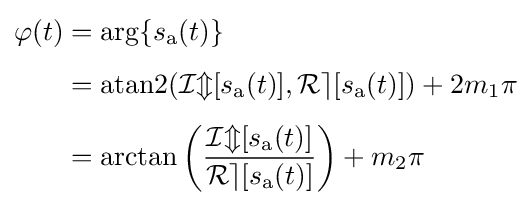
{\begin{aligned}\varphi (t)&=\arg\{s_{\mathrm {a} }(t)\}\\[4pt]&=\operatorname {atan2} ({\mathcal {Im}}[s_{\mathrm {a} }(t)],{\mathcal {Re}}[s_{\mathrm {a} }(t)])+2m_{1}\pi \\[4pt]&=\arctan \left({\frac {{\mathcal {Im}}[s_{\mathrm {a} }(t)]}{{\mathcal {Re}}[s_{\mathrm {a} }(t)]}}\right)+m_{2}\pi \end{aligned}}